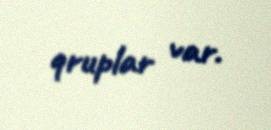
qruplar var.